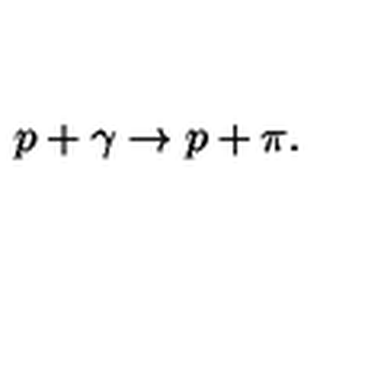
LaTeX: p + \gamma \rightarrow p + \pi .